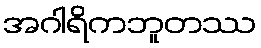
အဂါရိကဘူတဿ